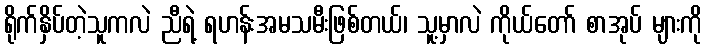
ရိုက်နှိပ်တဲ့သူကလဲ ညီရဲ့ ရဟန်းအမသမီးဖြစ်တယ်၊ သူ့မှာလဲ ကိုယ်တော် စာအုပ် များကို